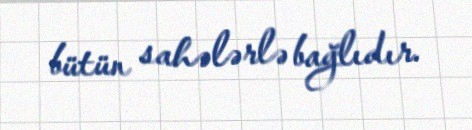
bütün sahələrlə bağlıdır.